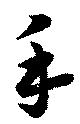
手